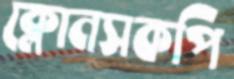
ক্লোনসকপি